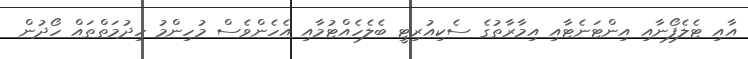
އާއި ޓެލެފޯނާއި އިންޓަނެޓާއި އިމާރާތުގެ ސެކިއުރިޓީ ބެލެހެއްޓުމާއި އެހެންވެސް މުހިންމު ހިދުމަތްތައް ހޯދުން